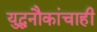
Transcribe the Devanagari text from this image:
युद्धनौकांचाही